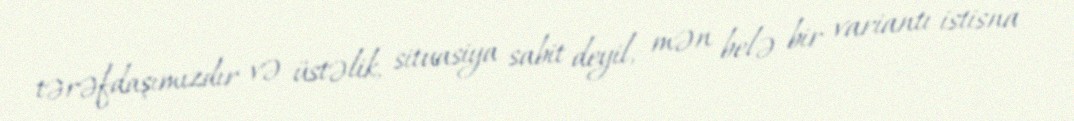
tərəfdaşımızdır və üstəlik, situasiya sabit deyil, mən belə bir variantı istisna